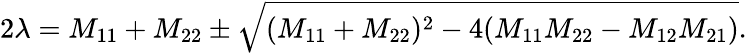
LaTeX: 2\lambda=M_{11}+M_{22}\pm\sqrt{(M_{11}+M_{22})^{2}-4(M_{11}M_{22}-M_{12}M_{21})}.